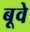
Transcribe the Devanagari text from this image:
बूवे